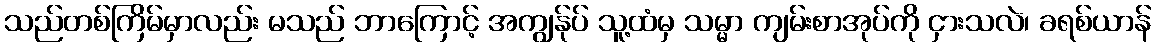
သည်တစ်ကြိမ်မှာလည်း မသည် ဘာကြောင့် အကျွန်ုပ် သူ့ထံမှ သမ္မာ ကျမ်းစာအုပ်ကို ငှားသလဲ၊ ခရစ်ယာန်